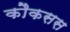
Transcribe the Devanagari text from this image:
कौकसस